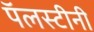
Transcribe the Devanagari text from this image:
पॅलस्टीनी